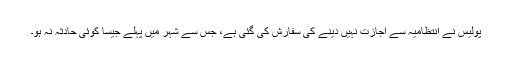
پولیس نے انتظامیہ سے اجازت نہیں دینے کی سفارش کی گئی ہے، جس سے شہر میں پہلے جیسا کوئی حادثہ نہ ہو۔